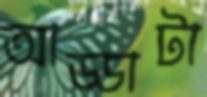
আড্ডাটা